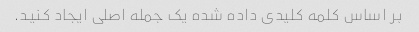
بر اساس کلمه کلیدی داده شده یک جمله اصلی ایجاد کنید.